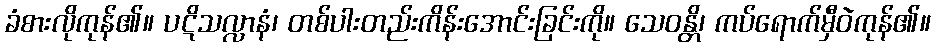
ခံစားလိုကုန်၏။ ပဋိသလ္လာနံ၊ တစ်ပါးတည်းကိန်းအောင်းခြင်းကို။ သေဝန္တိ၊ ကပ်ရောက်မှီဝဲကုန်၏။